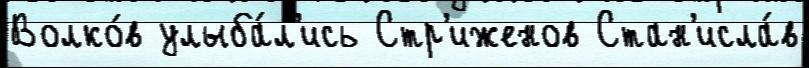
Волко́в улыба́л'ись Стр'иженов Стан'исла́в